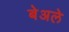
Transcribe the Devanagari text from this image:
बेअले